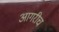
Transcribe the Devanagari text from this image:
आगरीच